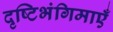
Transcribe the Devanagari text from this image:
दृष्टिभंगिमाएँ